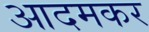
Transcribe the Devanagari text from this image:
आदमकर